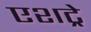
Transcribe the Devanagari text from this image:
एशट्रे